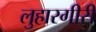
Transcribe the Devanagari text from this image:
लुहारगीरी